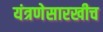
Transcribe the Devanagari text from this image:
यंत्रणेसारखीच